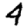
Digit: 4